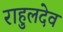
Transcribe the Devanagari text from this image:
राहुलदेव